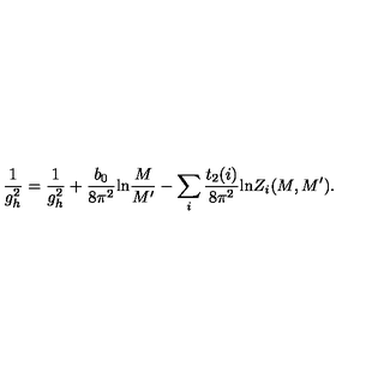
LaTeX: \frac { 1 } { g _ { h } ^ { 2 } } = \frac { 1 } { g _ { h } ^ { 2 } } + \frac { b _ { 0 } } { 8 \pi ^ { 2 } } \mathrm { l n } \frac { M } { M ^ { \prime } } - \sum _ { i } \frac { t _ { 2 } ( i ) } { 8 \pi ^ { 2 } } \mathrm { l n } Z _ { i } ( M , M ^ { \prime } ) .